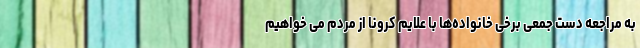
به مراجعه دست جمعی برخی خانواده‌ها با علایم کرونا از مردم می خواهیم